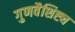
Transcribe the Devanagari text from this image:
गुणवैशिष्ट्य